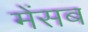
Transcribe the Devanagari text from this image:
मेंसब